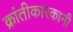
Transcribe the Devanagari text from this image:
क्रांतीकारकानी